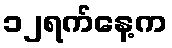
၁၂ရက်နေ့က